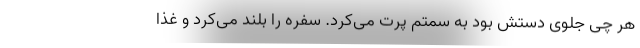
هر چی جلوی دستش بود به سمتم پرت می‌کرد. سفره را بلند می‌کرد و غذا